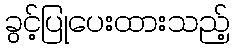
ခွင့်ပြုပေးထားသည့်